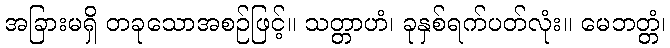
အခြားမရှိ တခုသောအစဉ်ဖြင့်။ သတ္တာဟံ၊ ခုနှစ်ရက်ပတ်လုံး။ မေဘတ္တံ၊